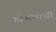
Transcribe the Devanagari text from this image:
विभवाची